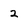
Character: 2